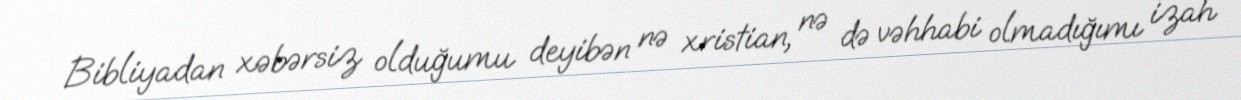
Bibliyadan xəbərsiz olduğumu deyibən nə xristian, nə də vəhhabi olmadığımı izah